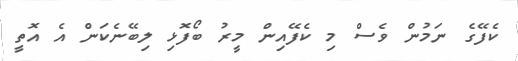
ކެފޭގެ ނަމުން ވެސް މި ކެފޭއިން މީރު ބޯފޮޅި ލިބޭނެކަން އެ އޮތީ